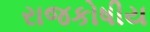
રાજકોષીય